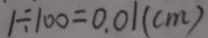
1 \div 1 0 0 = 0 . 0 1 ( c m )